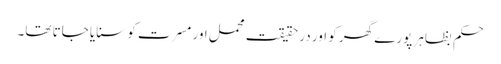
حکم بظاہر پورے گھر کو اور در حقیقت محمل اور مسرت کو سنایا جاتا تھا۔